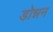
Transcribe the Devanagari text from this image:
डोन्नन